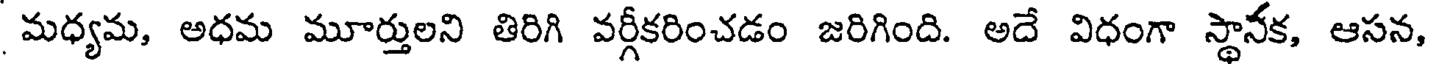
మధ్యమ, అధమ మూర్తులని తిరిగి వర్గీకరించడం జరిగింది. అదే విధంగా స్థానక, ఆసన,